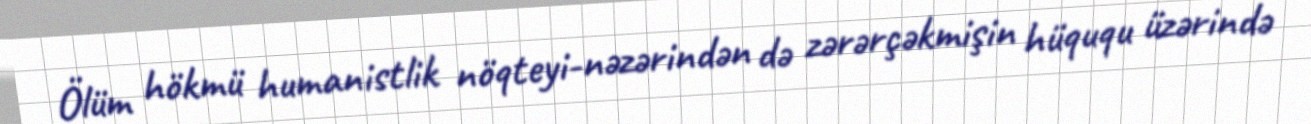
Ölüm hökmü humanistlik nöqteyi-nəzərindən də zərərçəkmişin hüququ üzərində